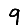
Digit: 9